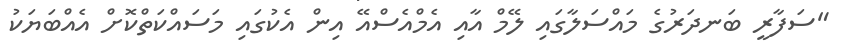
"ސަފާރީ ބަނދަރުގެ މައްސަލާގައި ލޭމް އާއި އެމްއެސްއޭ އިން އެކުގައި މަސައްކަތްކޮށް އެއްބަޔަކު